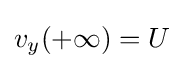
v_{y}(+\infty )=U